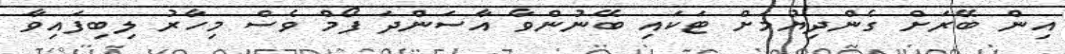
އިން ބޭރަށް ގެންދިޔުމަށް ޓަކައި ބޭނުންވާ އާސަންދަ ފޯމް ވެސް މިހާރު ލިބިފައިވާ